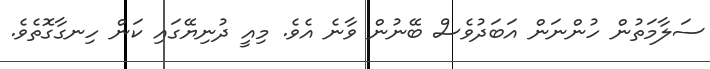
ސަލާމަތުން ހުންނަން އަބަދުވެސް ބޭނުން ވާނެ އެވެ. މިއީ ދުނިޔޭގައި ކަން ހިނގާގޮތެވެ.